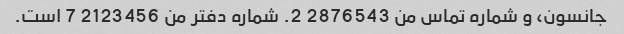
جانسون، و شماره تماس من 2876543 2. شماره دفتر من 2123456 7 است.